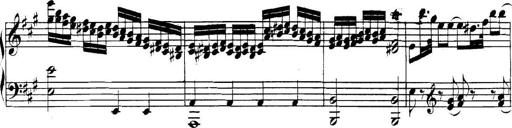
Title: Collected Piano Sonatas
Composer: Muzio Clementi